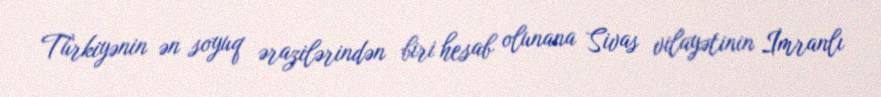
Türkiyənin ən soyuq ərazilərindən biri hesab olunana Sivas vilayətinin İmranlı